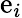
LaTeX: \mathrm{e}_{i}